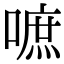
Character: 嗻